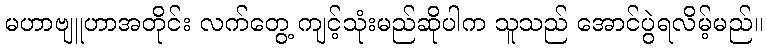
မဟာဗျူဟာအတိုင်း လက်တွေ့ ကျင့်သုံးမည်ဆိုပါက သူသည် အောင်ပွဲရလိမ့်မည်။